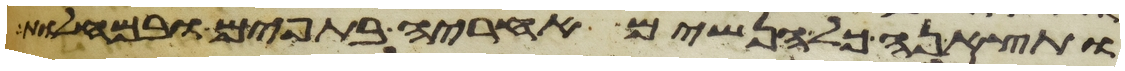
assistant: ותצאנה כל הנשים אחריה בתפים ובמחלות